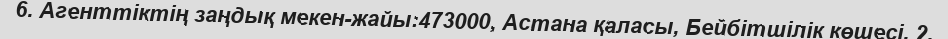
6. Агенттіктің заңдық мекен-жайы:473000, Астана қаласы, Бейбітшілік көшесі, 2.